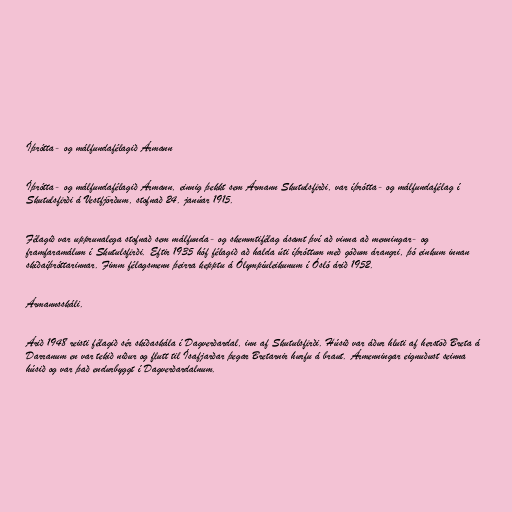
Íþrótta- og málfundafélagið Ármann

Íþrótta- og málfundafélagið Ármann, einnig þekkt sem Ármann Skutulsfirði, var íþrótta- og málfundafélag í
Skutulsfirði á Vestfjörðum, stofnað 24. janúar 1915.

Félagið var upprunalega stofnað sem málfunda- og skemmtifélag ásamt því að vinna að menningar- og
framfaramálum í Skutulsfirði. Eftir 1935 hóf félagið að halda úti íþróttum með góðum árangri, þó einkum innan
skíðaíþróttarinnar. Fimm félagsmenn þeirra kepptu á Ólympíuleikunum í Ósló árið 1952.

Ármannsskáli.

Árið 1948 reisti félagið sér skíðaskála í Dagverðardal, inn af Skutulsfirði. Húsið var áður hluti af herstöð Breta á
Darranum en var tekið niður og flutt til Ísafjarðar þegar Bretarnir hurfu á braut. Ármenningar eignuðust seinna
húsið og var það endurbyggt í Dagverðardalnum.